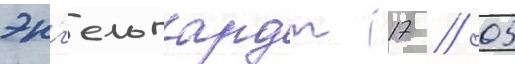
энг'ельгардт (17 // 05